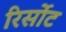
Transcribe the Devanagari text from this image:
रिर्सोट